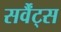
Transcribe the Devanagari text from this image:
सर्वैंट्स